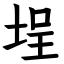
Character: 埕